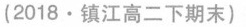
(2018·镇江高二下期末）